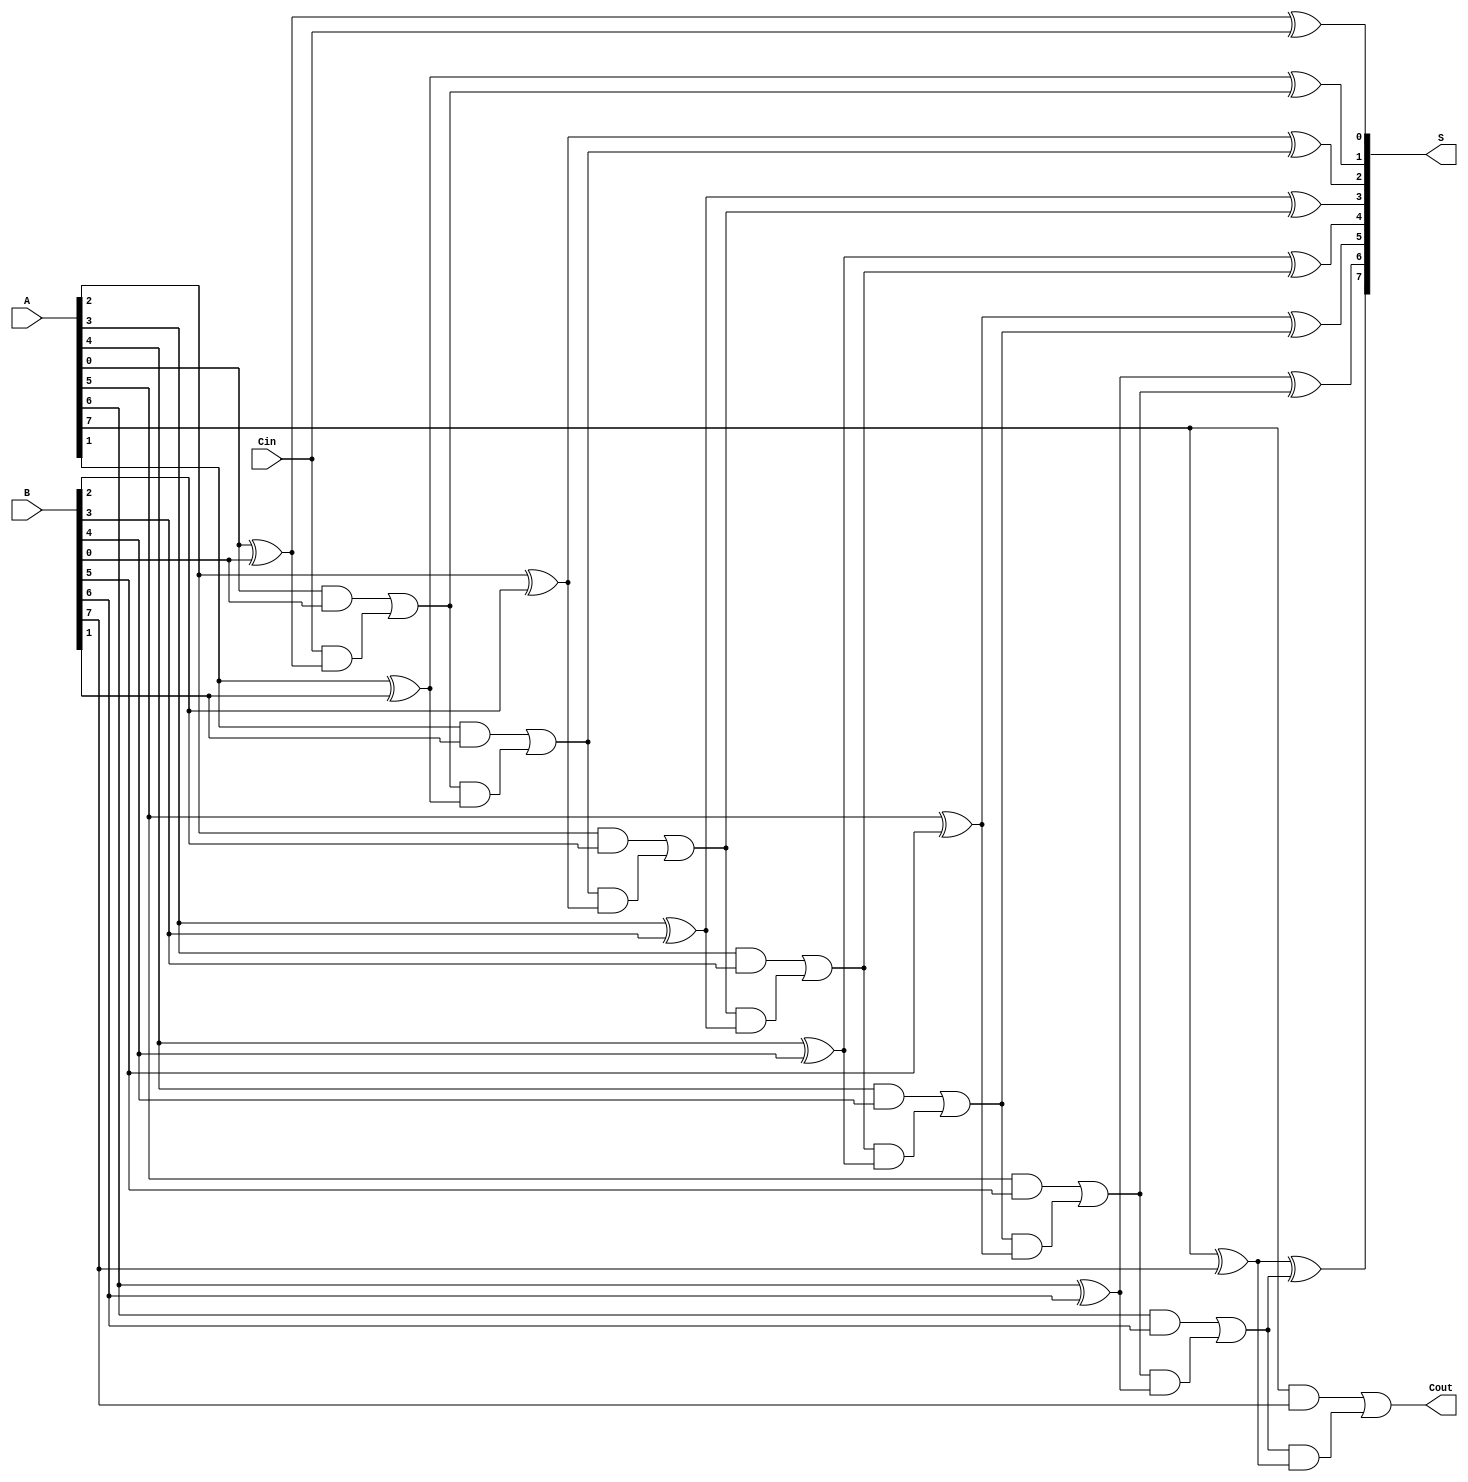
module ManchesterCarryChainAdder #(parameter N = 8) (
    input  wire [N-1:0] A,      // First n-bit input
    input  wire [N-1:0] B,      // Second n-bit input
    input  wire Cin,             // Carry-in
    output wire [N-1:0] S,       // n-bit sum output
    output wire Cout             // Carry-out
);

    // Internal wires for carry propagation
    wire [N:0] carry; // carry[N] is the carry-out

    // Assign the initial carry-in
    assign carry[0] = Cin;

    // Full adder logic for each bit
    genvar i;
    generate
        for (i = 0; i < N; i = i + 1) begin : full_adder
            wire sum, c_out, a, b, c_in;

            // Assign inputs for the full adder
            assign a = A[i];
            assign b = B[i];
            assign c_in = carry[i];

            // Sum and carry-out calculations
            assign sum = a ^ b ^ c_in; // Sum output
            assign c_out = (a & b) | (c_in & (a ^ b)); // Carry-out

            // Assign the sum to the output
            assign S[i] = sum;

            // Assign the carry-out to the next carry input
            assign carry[i + 1] = c_out;
        end
    endgenerate

    // Assign the final carry-out
    assign Cout = carry[N];

endmodule